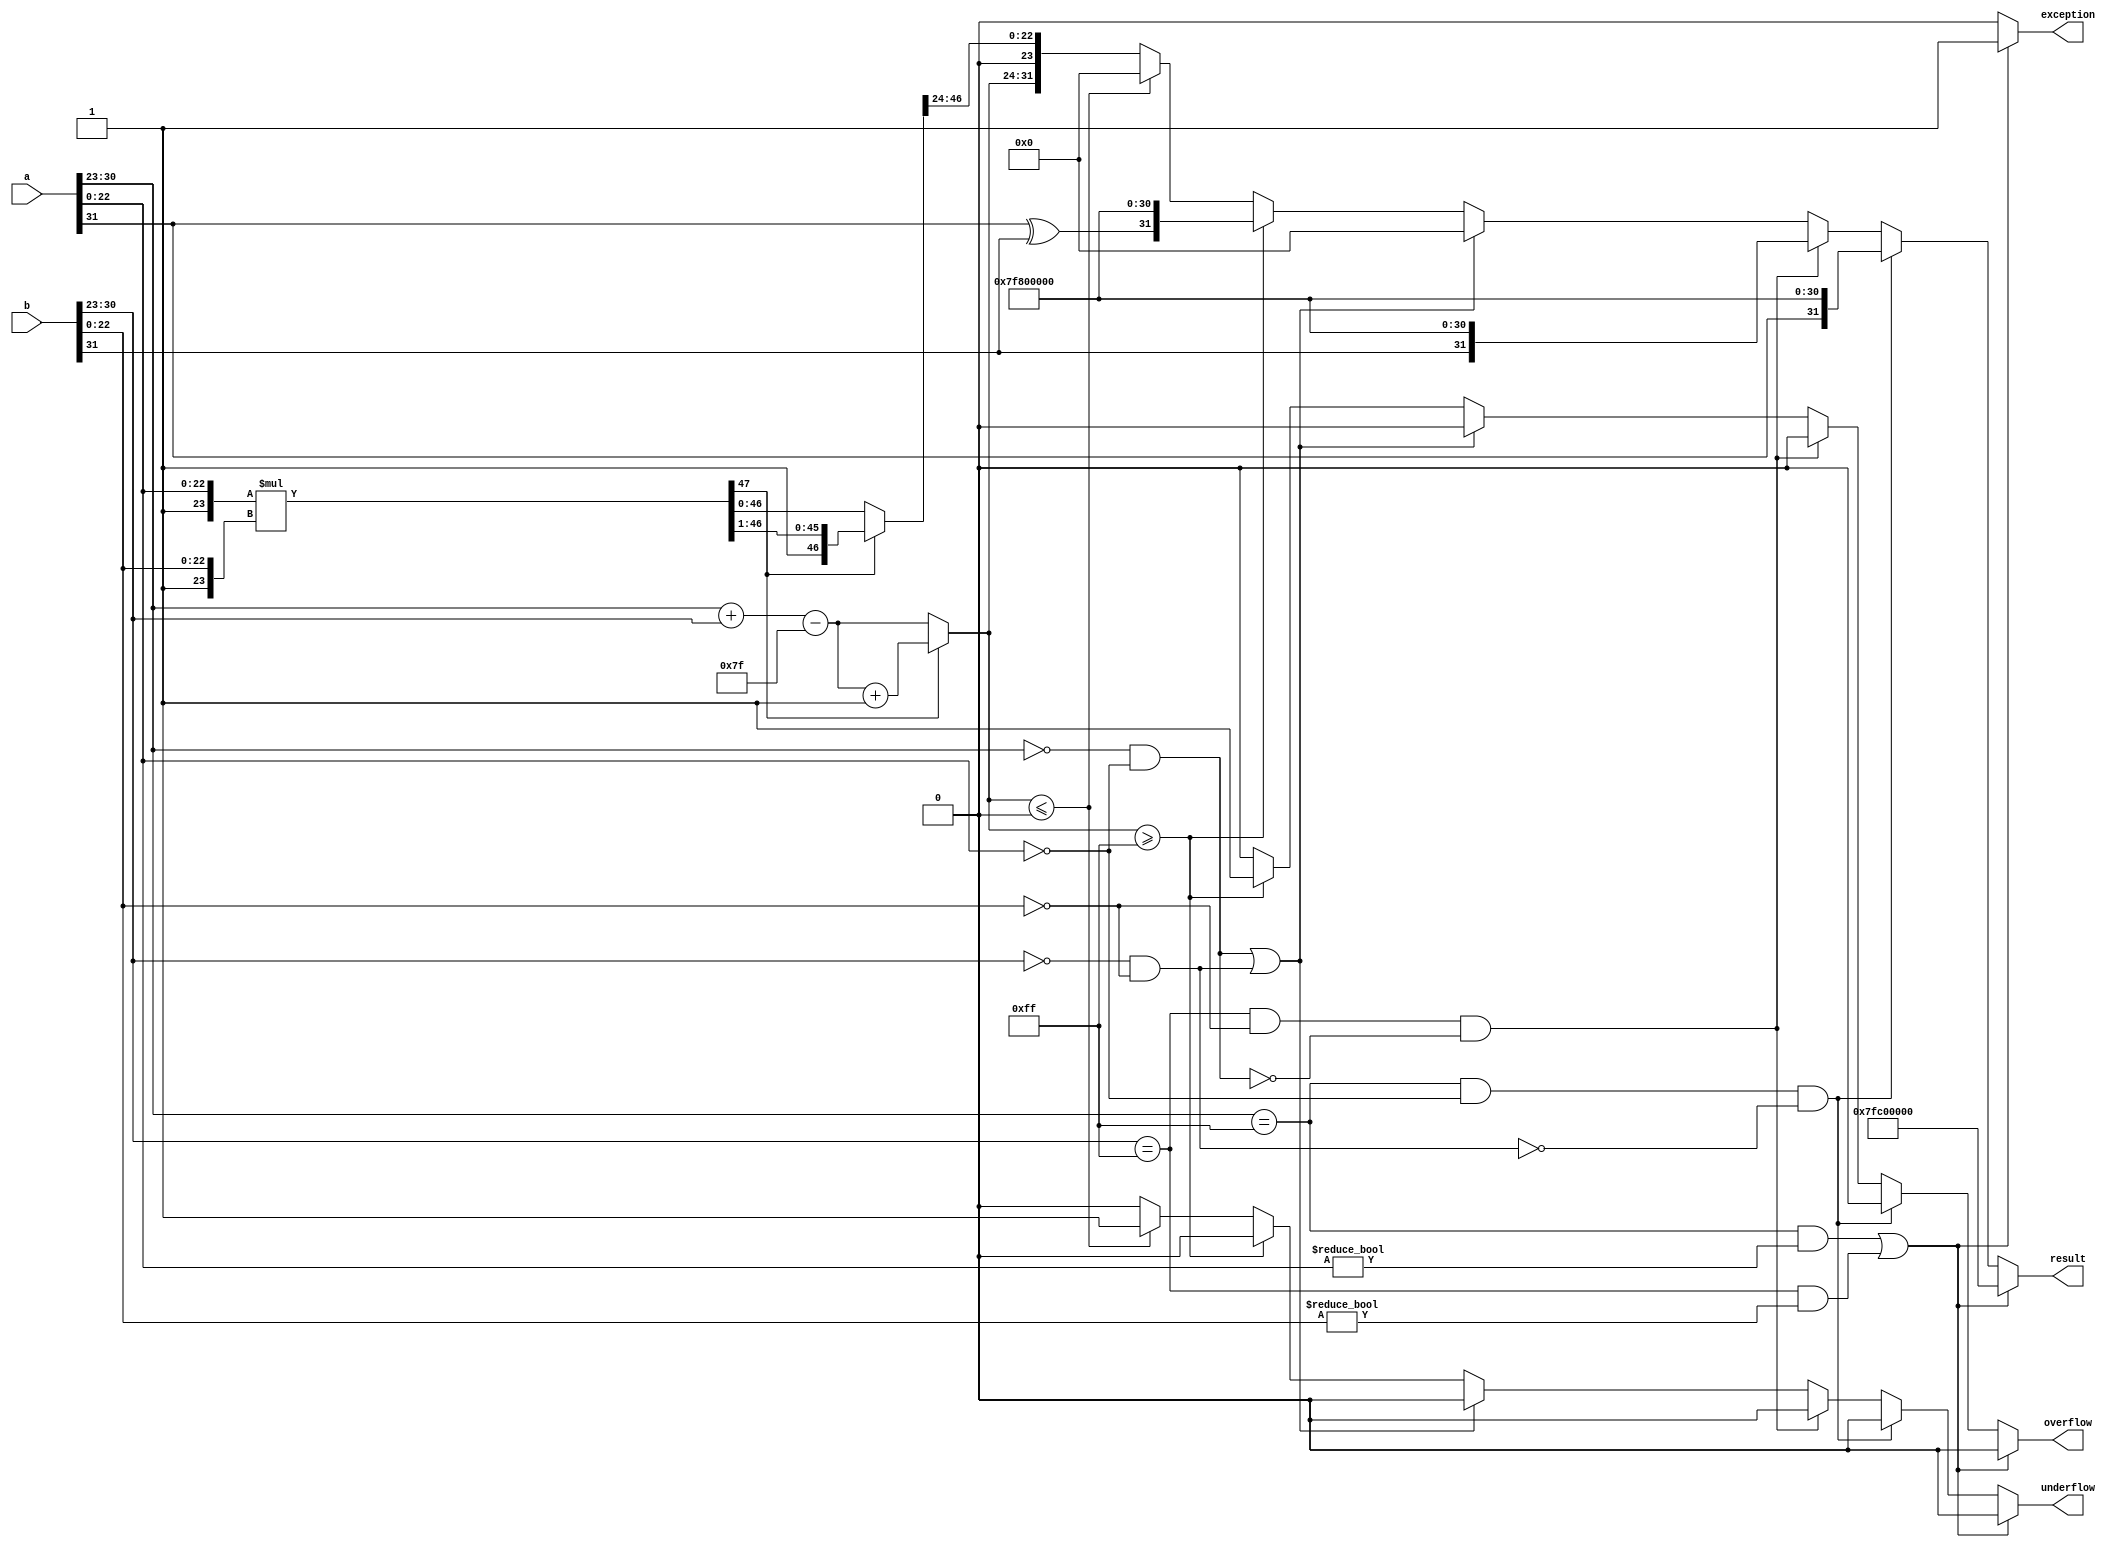
module floating_point_multiplier (
    input  wire [31:0] a,          // Input floating-point number a
    input  wire [31:0] b,          // Input floating-point number b
    output reg  [31:0] result,     // Output floating-point result
    output reg  overflow,           // Overflow flag
    output reg  underflow,          // Underflow flag
    output reg  exception           // Exception flag (NaN or infinity)
);

    // Constants
    localparam EXPONENT_BIAS = 127;
    localparam EXPONENT_BITS = 8;
    localparam MANTISSA_BITS = 23;
    localparam MAX_EXPONENT = 255;  // 2^8 - 1
    localparam MIN_EXPONENT = 0;    // 0 is reserved for denormalized numbers

    // Internal signals
    wire [7:0] exp_a, exp_b;
    wire [23:0] mant_a, mant_b;
    wire sign_a, sign_b;
    wire sign_result;
    wire [47:0] mant_product; // 24 bits + 24 bits = 48 bits for mantissa product
    reg [7:0] exp_result;
    reg [23:0] mant_result;
    reg [47:0] mant_temp;
    reg [7:0] exp_temp;
    reg is_zero_a, is_zero_b, is_nan_a, is_nan_b, is_inf_a, is_inf_b;

    // Extract sign, exponent, and mantissa
    assign sign_a = a[31];
    assign exp_a = a[30:23];
    assign mant_a = {1'b1, a[22:0]}; // Implicit leading 1

    assign sign_b = b[31];
    assign exp_b = b[30:23];
    assign mant_b = {1'b1, b[22:0]}; // Implicit leading 1

    // Check for special cases
    assign is_zero_a = (exp_a == 0 && mant_a[22:0] == 0);
    assign is_zero_b = (exp_b == 0 && mant_b[22:0] == 0);
    assign is_nan_a = (exp_a == MAX_EXPONENT && mant_a[22:0] != 0);
    assign is_nan_b = (exp_b == MAX_EXPONENT && mant_b[22:0] != 0);
    assign is_inf_a = (exp_a == MAX_EXPONENT && mant_a[22:0] == 0);
    assign is_inf_b = (exp_b == MAX_EXPONENT && mant_b[22:0] == 0);

    // Mantissa multiplication
    assign mant_product = mant_a * mant_b;

    always @(*) begin
        // Default values
        overflow = 0;
        underflow = 0;
        exception = 0;
        result = 32'b0;

        // Handle special cases
        if (is_nan_a || is_nan_b) begin
            exception = 1;
            result = 32'h7FC00000; // NaN representation
        end else if (is_inf_a && !is_zero_b) begin
            result = {sign_a, 8'hFF, 23'b0}; // Infinity
        end else if (is_inf_b && !is_zero_a) begin
            result = {sign_b, 8'hFF, 23'b0}; // Infinity
        end else if (is_zero_a || is_zero_b) begin
            result = 32'b0; // Zero result
        end else begin
            // Calculate the result sign
            sign_result = sign_a ^ sign_b;

            // Calculate the exponent
            exp_temp = exp_a + exp_b - EXPONENT_BIAS;

            // Normalize the mantissa
            if (mant_product[47]) begin
                mant_temp = mant_product >> 1; // Shift right
                exp_temp = exp_temp + 1; // Increment exponent
            end else begin
                mant_temp = mant_product; // No shift needed
            end

            // Check for overflow and underflow
            if (exp_temp >= MAX_EXPONENT) begin
                overflow = 1;
                result = {sign_result, 8'hFF, 23'b0}; // Set to infinity
            end else if (exp_temp <= MIN_EXPONENT) begin
                underflow = 1;
                result = 32'b0; // Underflow to zero
            end else begin
                // Rounding and final assembly
                mant_result = mant_temp[46:24]; // Take the top 23 bits
                result = {sign_result, exp_temp, mant_result};
            end
        end
    end
endmodule